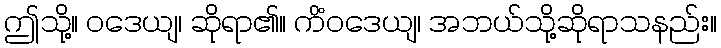
ဤသို့။ ဝဒေယျ၊ ဆိုရာ၏။ ကိံဝဒေယျ၊ အဘယ်သို့ဆိုရာသနည်း။